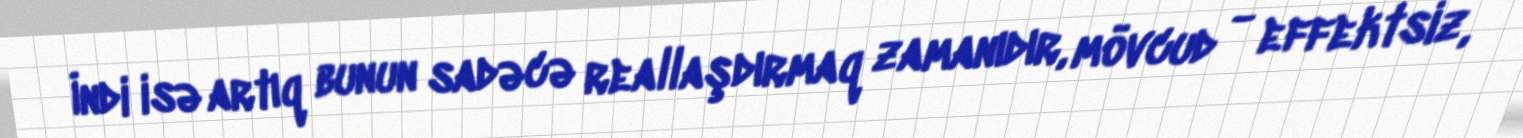
İndi isə artıq bunun sadəcə reallaşdırmaq zamanıdır, mövcud - effektsiz,